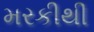
મરકીથી